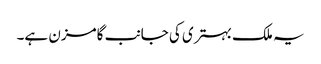
یہ ملک بہتری کی جانب گامزن ہے۔